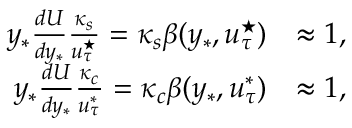
\begin{array} { r l } { y _ { * } \frac { d U } { d y _ { * } } \frac { \kappa _ { s } } { u _ { \tau } ^ { \star } } = \kappa _ { s } \beta ( y _ { * } , u _ { \tau } ^ { \star } ) } & { \approx 1 , } \\ { y _ { * } \frac { d U } { d y _ { * } } \frac { \kappa _ { c } } { u _ { \tau } ^ { * } } = \kappa _ { c } \beta ( y _ { * } , u _ { \tau } ^ { * } ) } & { \approx 1 , } \end{array}